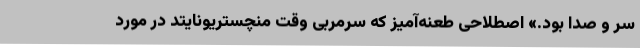
سر و صدا بود.» اصطلاحی طعنه‌آمیز که سرمربی وقت منچستریونایتد در مورد